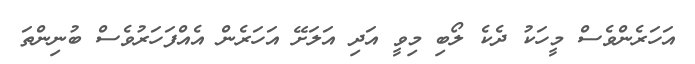
އަހަރެންވެސް މީހަކު ދެކެ ލޯބި މިވީ އަދި އަލަށޭ އަހަރެން އެއްފަހަރުވެސް ބުނިންތަ